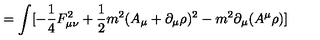
= \int [ - \frac { 1 } { 4 } F _ { \mu \nu } ^ { 2 } + \frac { 1 } { 2 } m ^ { 2 } ( A _ { \mu } + \partial _ { \mu } \rho ) ^ { 2 } - m ^ { 2 } \partial _ { \mu } ( A ^ { \mu } \rho ) ]